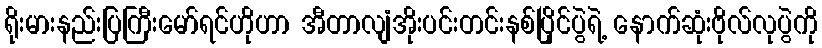
ရိုးမားနည်းပြကြီးမော်ရင်ဟိုဟာ အီတာလျံအိုးပင်းတင်းနစ်ပြိုင်ပွဲရဲ့ နောက်ဆုံးဗိုလ်လုပွဲကို